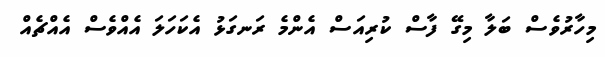
މިހާރުވެސް ބަލާ މިގޭ ފާސް ކުރިއަސް އެންމެ ރަނގަޅު އެކަހަލަ އެއްވެސް އެއްޗެއް